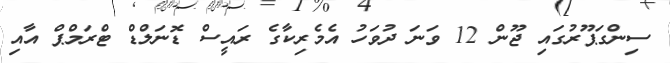
ސިންގަޕޫރުގައި ޖޫން 12 ވަނަ ދުވަހު އެމެރިކާގެ ރައީސް ޑޮނަލްޑް ޓްރަމްޕް އާއި